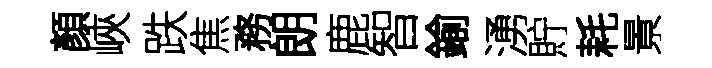
顏峽跌焦務朗鹿智鍮湧貯耗㬌